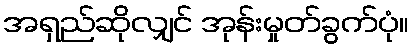
အရှည်ဆိုလျှင် အုန်းမှုတ်ခွက်ပုံ။